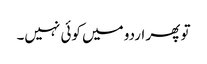
تو پھر اردو میں کوئی نہیں۔